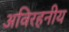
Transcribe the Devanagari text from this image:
अविरहनीय